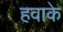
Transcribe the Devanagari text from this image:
हवाके